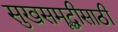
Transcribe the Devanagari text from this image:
सुखसमॄद्धीसाठी